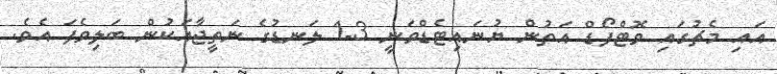
އައި މެޗުގައި ވޮޓްފޯޑް އަތުން ޔުނައިޓެޑްވަނީ 3-1 ލަނޑުގެ ނަތީޖާއަކުން ބަލިވެފަ އެވެ.